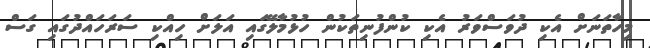
މިހާތަނަށް އެކި ދުވަސްވަރު އެކި ކުންފުނިތަކުން ހުޅުމާލޭގައި އަލަށް ހިއްކި ސަރަހައްދުގައި ގަސް